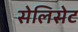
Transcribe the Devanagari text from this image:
सेलिसेट